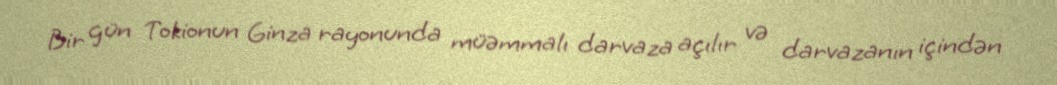
Bir gün Tokionun Ginza rayonunda müəmmalı darvaza açılır və darvazanın içindən